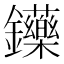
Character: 𨰤